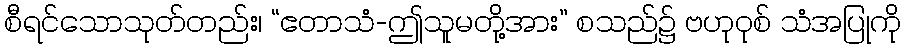
စီရင်သောသုတ်တည်း၊ “ဧတာသံ-ဤသူမတို့အား” စသည်၌ ဗဟုဝုစ် သံအပြုကို